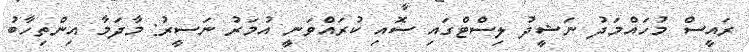
ރައީސް މުހައްމަދު ނަޝީދު ލިސްޓްގައި ސޮއި ކުރައްވަނީ އުމަރު ނަސީރު: މާދަމާ އިންތިހާބު